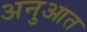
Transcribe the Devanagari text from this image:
अनुआत